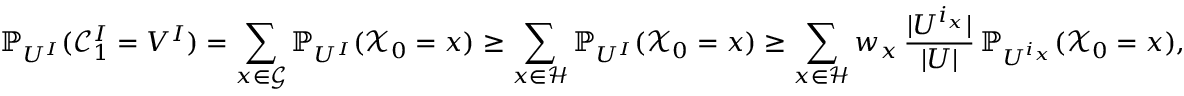
\mathbb { P } _ { U ^ { I } } ( \mathscr { C } _ { 1 } ^ { I } = V ^ { I } ) = \sum _ { x \in \mathcal G } \mathbb { P } _ { U ^ { I } } ( \mathcal X _ { 0 } = x ) \geq \sum _ { x \in \mathcal H } \mathbb { P } _ { U ^ { I } } ( \mathcal X _ { 0 } = x ) \geq \sum _ { x \in \mathcal H } w _ { x } \, \frac { | U ^ { i _ { x } } | } { | U | } \, \mathbb { P } _ { U ^ { i _ { x } } } ( \mathcal X _ { 0 } = x ) ,